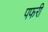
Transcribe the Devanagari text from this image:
पफरी